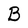
Character: B